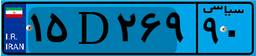
۱۵D۲۶۹۹۰